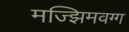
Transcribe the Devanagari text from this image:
मज्झिमवग्ग